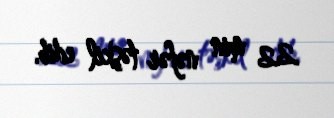
22 min nəfər təşkil edib.